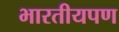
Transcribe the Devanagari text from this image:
भारतीयपण